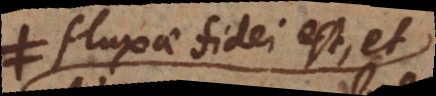
fluxae fidei est, et